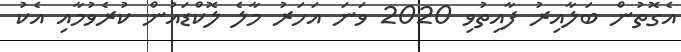
އެގޮތުން ބަލާއިރު ފާއިތުވި 2020 ވަނަ އަހަރު މާލެ ލޮކްޑައުން ކުރެވުމާއި އެކު